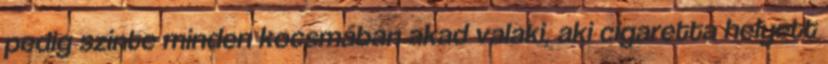
pedig szinte minden kocsmában akad valaki, aki cigaretta helyett